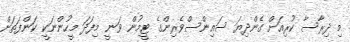
މި ދިރާސާ ކުރިއަށް ގެންދިޔަ ސައިންސްވެރިންގެ ޓީމުން ވަނީ މިފަދަ މީހުންނަކީ ކަންފަތަށް